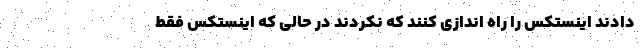
دادند اینستکس را راه اندازی کنند که نکردند در حالی که اینستکس فقط